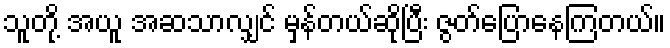
သူတို့ အယူ အဆသာလျှင် မှန်တယ်ဆိုပြီး ဇွတ်ပြောနေကြတယ်။